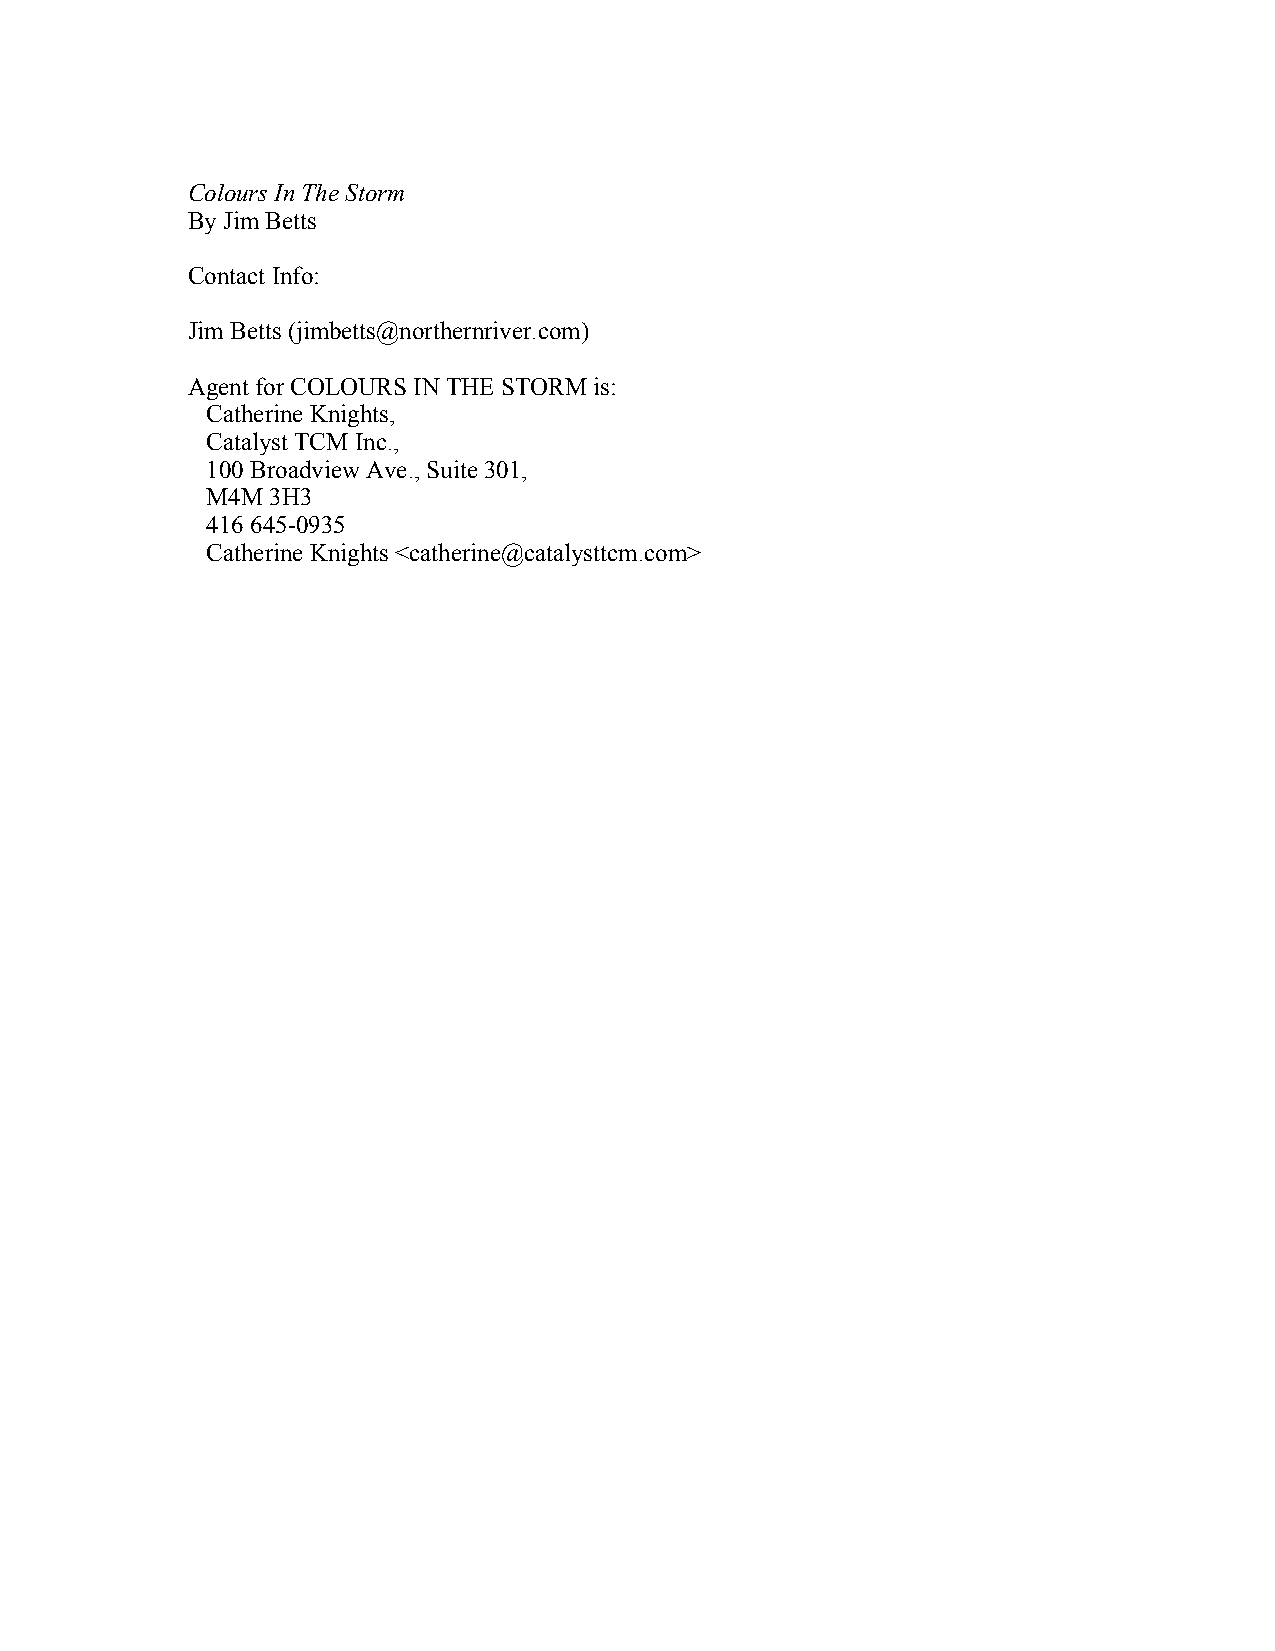
Colours In The Storm
 By Jim Betts
 Contact Info:
 Jim Betts (jimbetts@northernriver.com)
 Agent for COLOURS IN THE STORM is:
 Catherine Knights,
 Catalyst TCM Inc.,
 100 Broadview Ave., Suite 301,
 M4M 3H3
 416 645-0935
 Catherine Knights <catherine@catalysttcm.com>